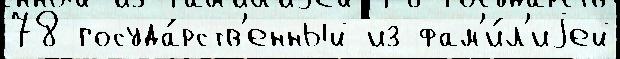
78 госуда́рств'енный из фам'и́л'иjей